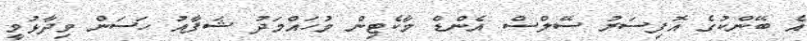
އެ ބޭންކުގެ އޮފިސަރު ސޭލްސް އެންޑް މާކެޓިން މުހައްމަދު ޝަފާއު ހަސަން ވިދާޅުވީ